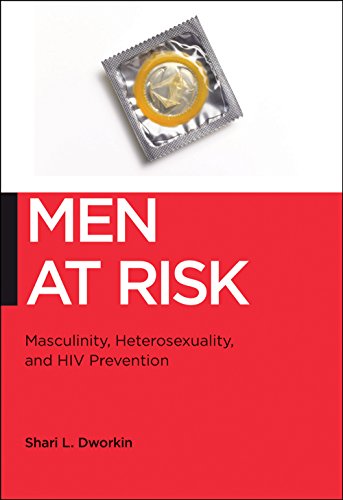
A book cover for Men at Risk: Masculinity, Heterosexuality and HIV Prevention (Biopolitics); Shari L. Dworkin; Health, Fitness & Dieting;